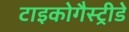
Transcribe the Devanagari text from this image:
टाइकोगैस्ट्रीडे